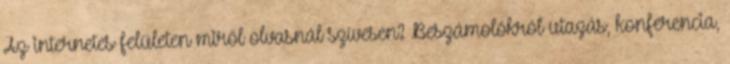
Az internetes felületen miről olvasnál szívesen? Beszámolókról utazás, konferencia,